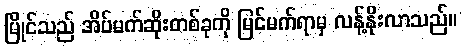
မြိုင်သည် အိပ်မက်ဆိုးတစ်ခုကို မြင်မက်ရာမှ လန့်နိုးလာသည်။